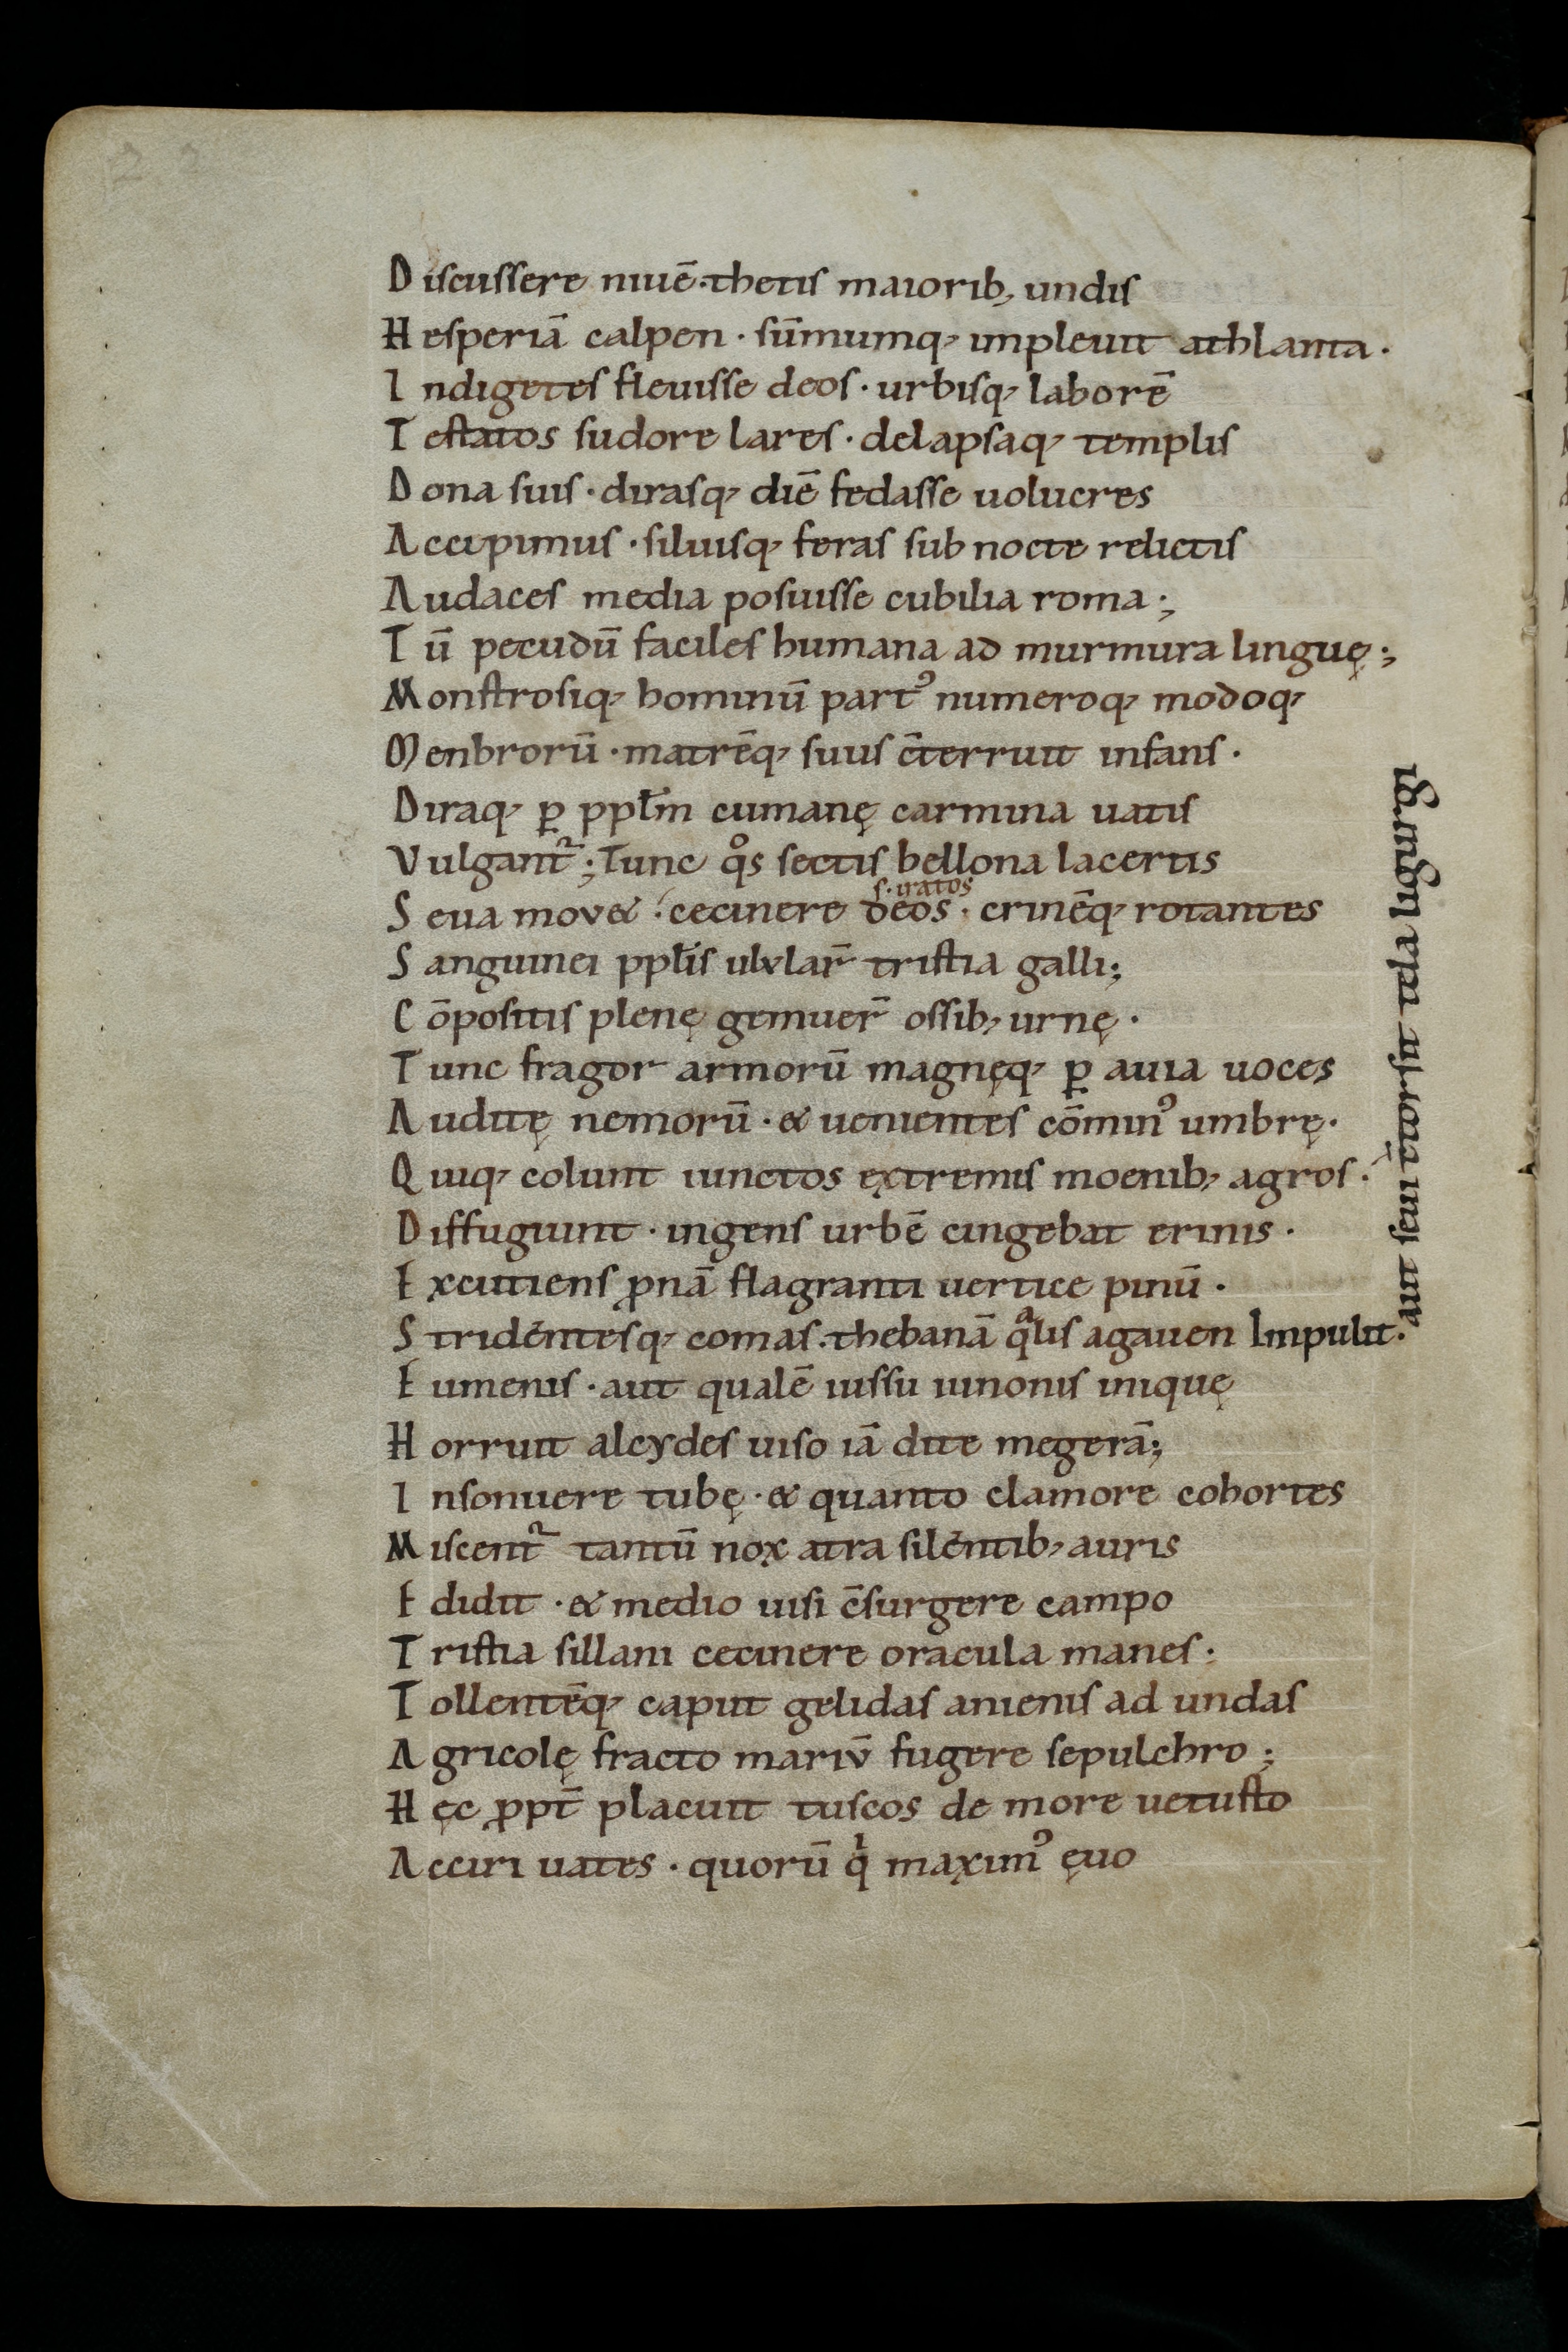
Shelfmark: St. Gallen, Stiftsbibliothek, Cod. Sang. 863
Century: 11